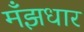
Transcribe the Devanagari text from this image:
मँझधार